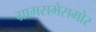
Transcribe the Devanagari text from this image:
ग्रामसभेसमोर